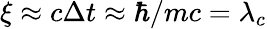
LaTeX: \xi\approx c\Delta t\approx\hbar/mc=\lambda_{c}